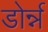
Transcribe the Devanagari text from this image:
डोर्न्न